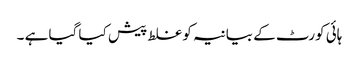
ہائی کورٹ کے بیانیہ کو غلط پیش کیا گیا ہے ۔